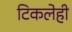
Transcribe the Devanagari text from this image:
टिकलेही